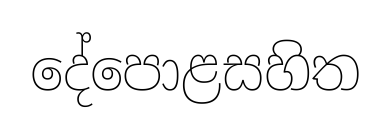
දේපොළසහිත